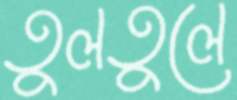
তুলতুলে